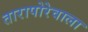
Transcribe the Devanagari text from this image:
तारापोरेवाला